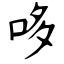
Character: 哆